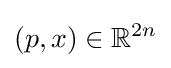
(p,x)\in \mathbb {R} ^{2n}